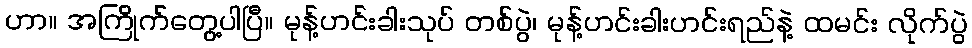
ဟာ။ အကြိုက်တွေ့ပါပြီ။ မုန့်ဟင်းခါးသုပ် တစ်ပွဲ၊ မုန့်ဟင်းခါးဟင်းရည်နဲ့ ထမင်း လိုက်ပွဲ